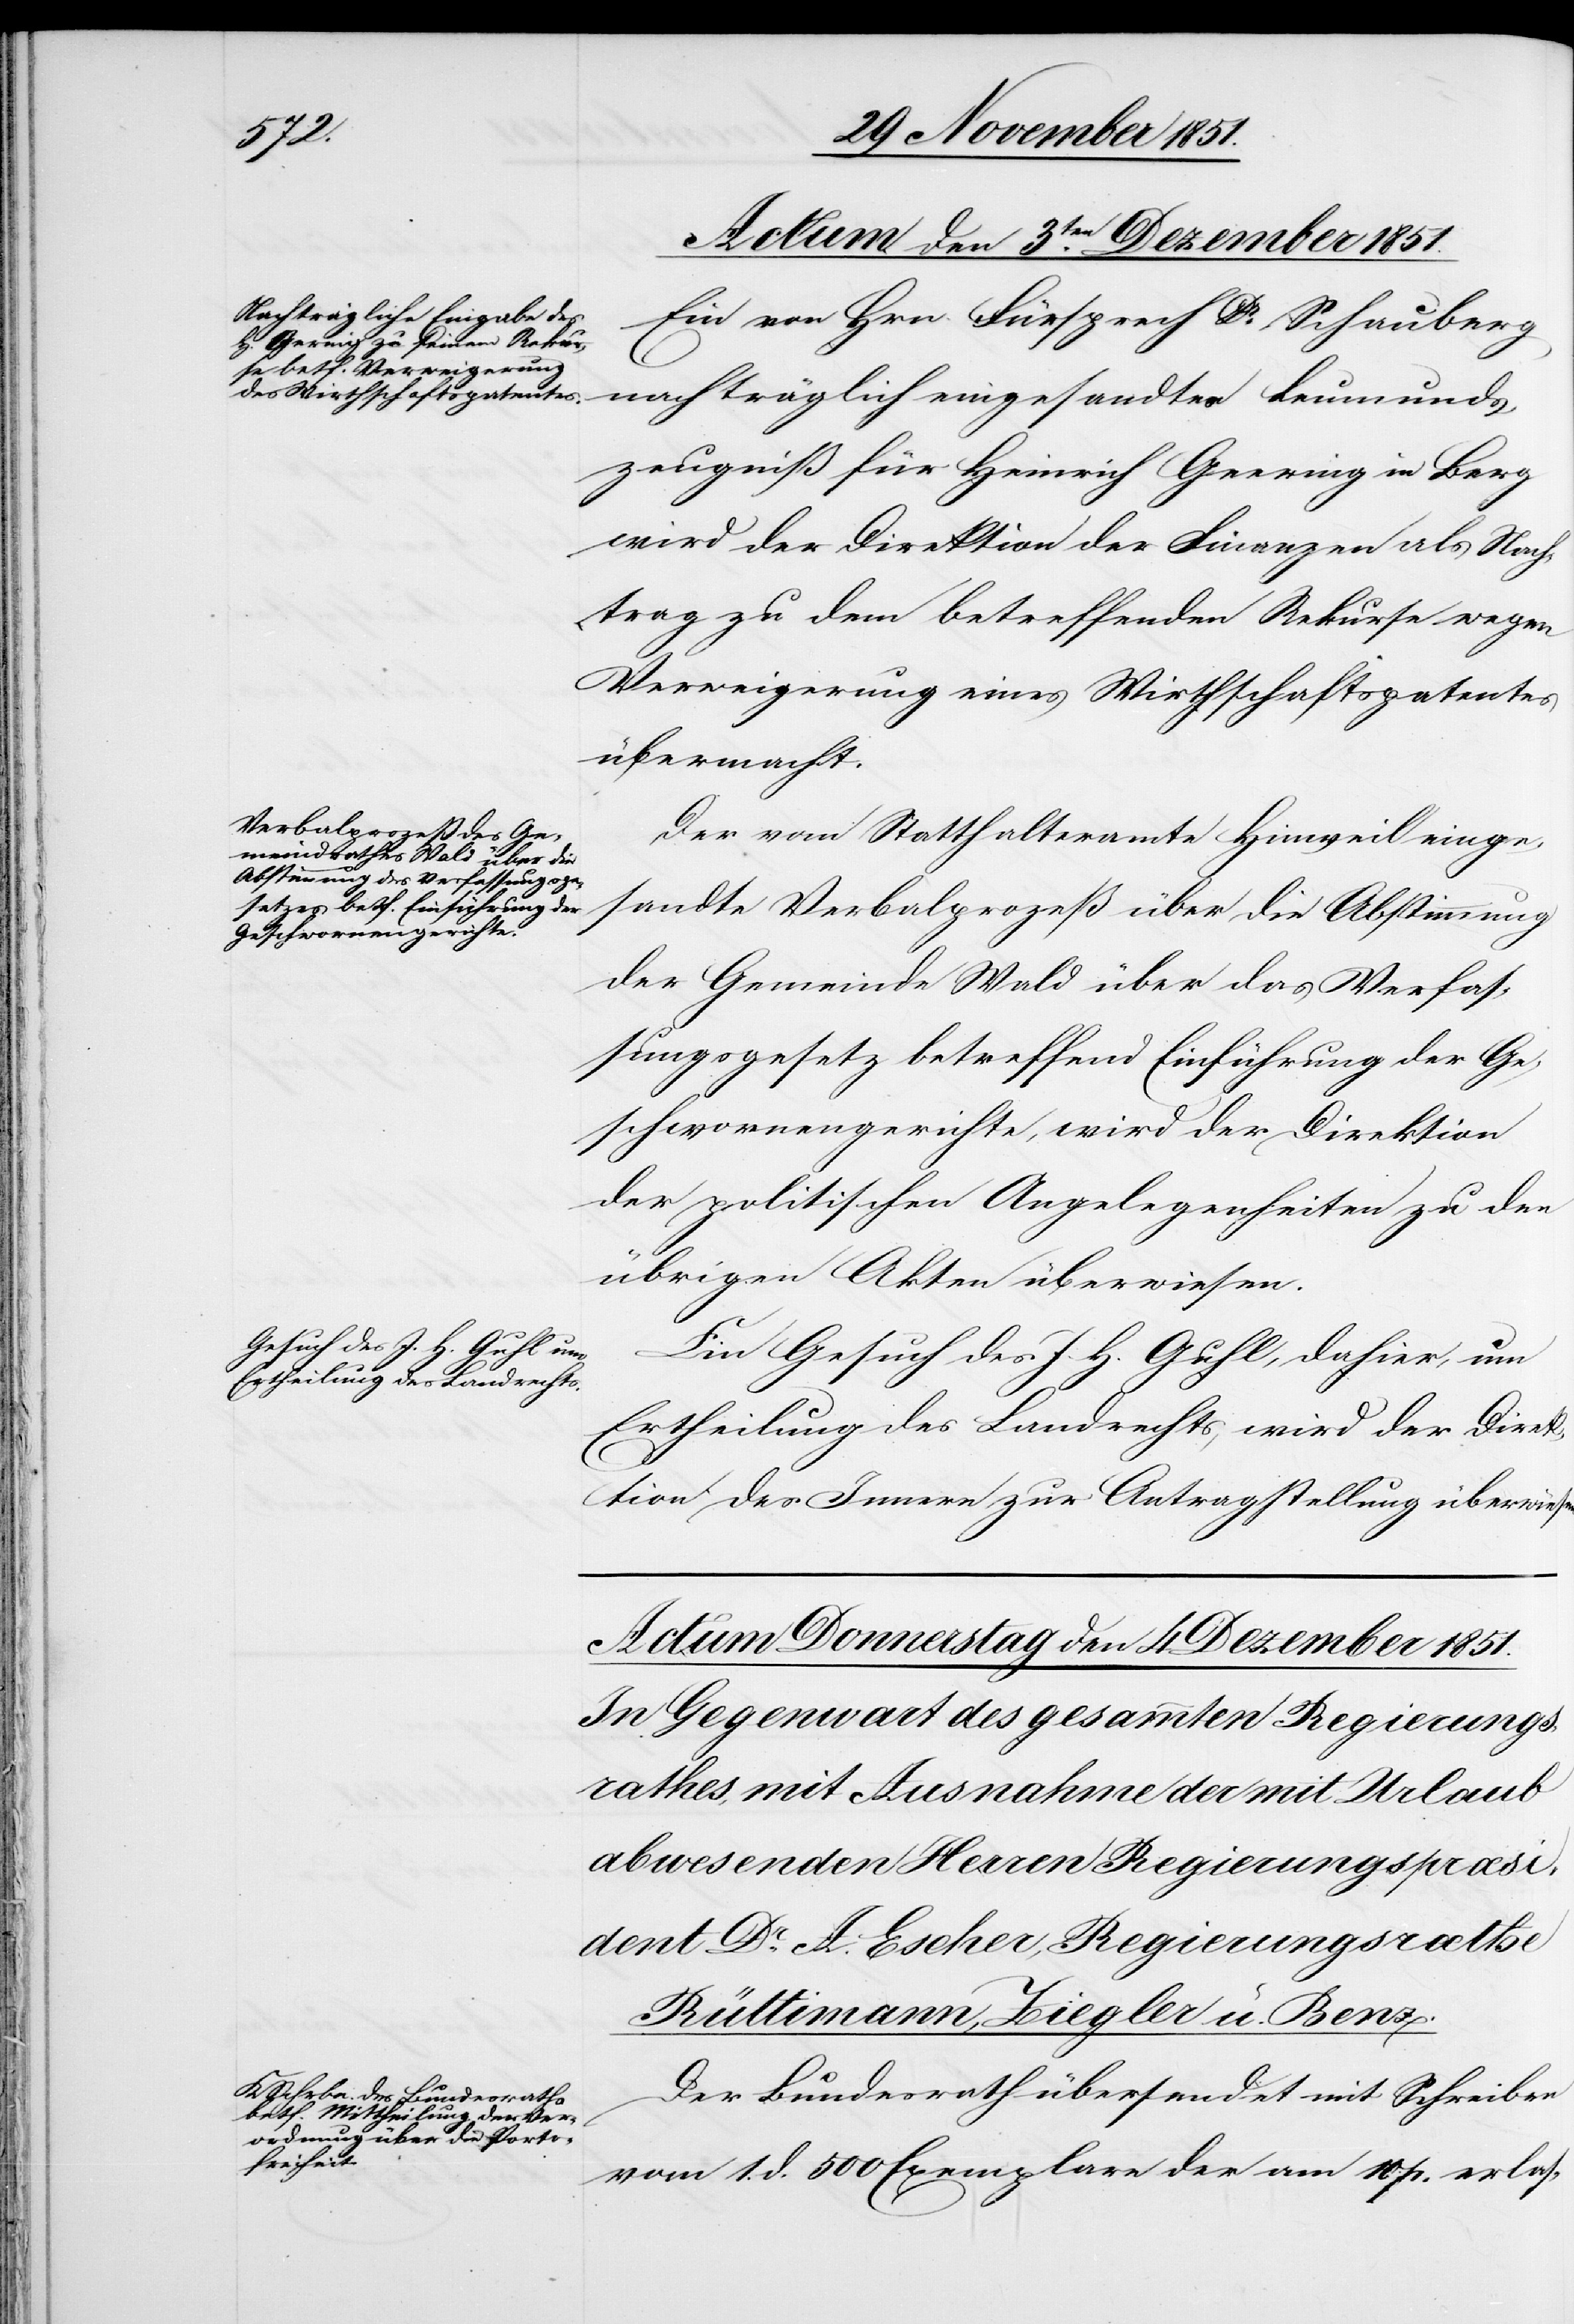
Actum den 3ten. Dezember 1851.]
Ein von Hrn. Fürsprech Dr. Schauberg
nachträglich eingesandtes Leumunds¬
zeugniß für Heinrich Geering [sic!]
wird der Direktion der Finanzen als Nach¬
trag zu dem betreffenden Rekurse wegen
Verweigerung eines Wirthschaftspatentes
übermacht.
Der vom Statthalteramte Hinweil einge¬
sandte Verbalprozeß über die Abstimmung
der Gemeinde Wald über das Verfas¬
sungsgesetz betreffend Einführung der Ge¬
schwornengerichte, wird der Direktion
der politischen Angelegenheiten zu den
übrigen Akten überwiesen.
Ein Gesuch des J. H. Guhl, dahier, um
Ertheilung des Landrechts, wird der Direk¬
tion des Innern zur Antragstellung überwiesen.
Der Bundesrath übersendet mit Schreiben
vom 1. d. 500 Exemplare der am 10. p. erlas-